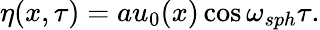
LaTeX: \eta(x,\tau)=au_{0}(x)\cos\omega_{sph}\tau.